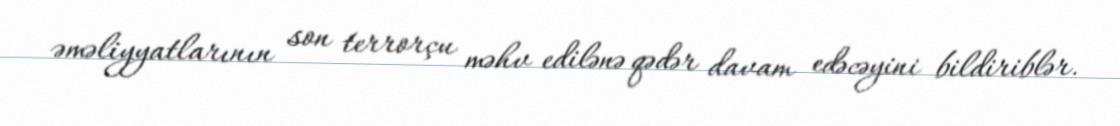
əməliyyatlarının son terrorçu məhv edilənə qədər davam edəcəyini bildiriblər.